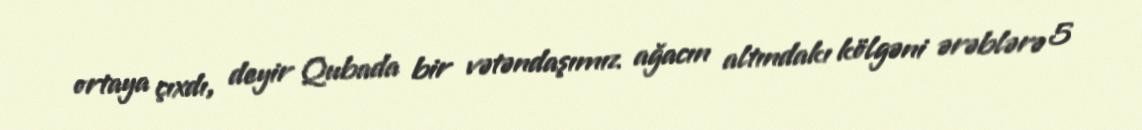
ortaya çıxdı, deyir Qubada bir vətəndaşımız ağacın altındakı kölgəni ərəblərə 5